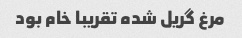
مرغ گریل شده تقریبا خام بود